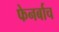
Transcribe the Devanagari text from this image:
फेनर्बाच